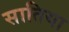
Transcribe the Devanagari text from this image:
सातिया